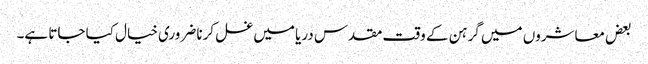
بعض معاشروں میں گرہن کے وقت مقدس دریا میں غسل کرنا ضروری خیال کیا جاتا ہے۔